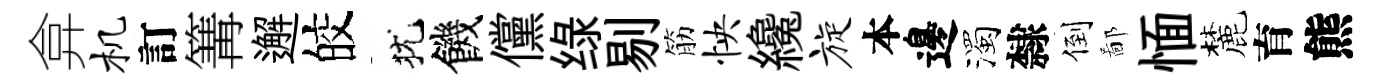
弇机訂篝邂皎犹饑儻绿剔筋怏纔旋本邊濁隸倒鄙愐麓育熊